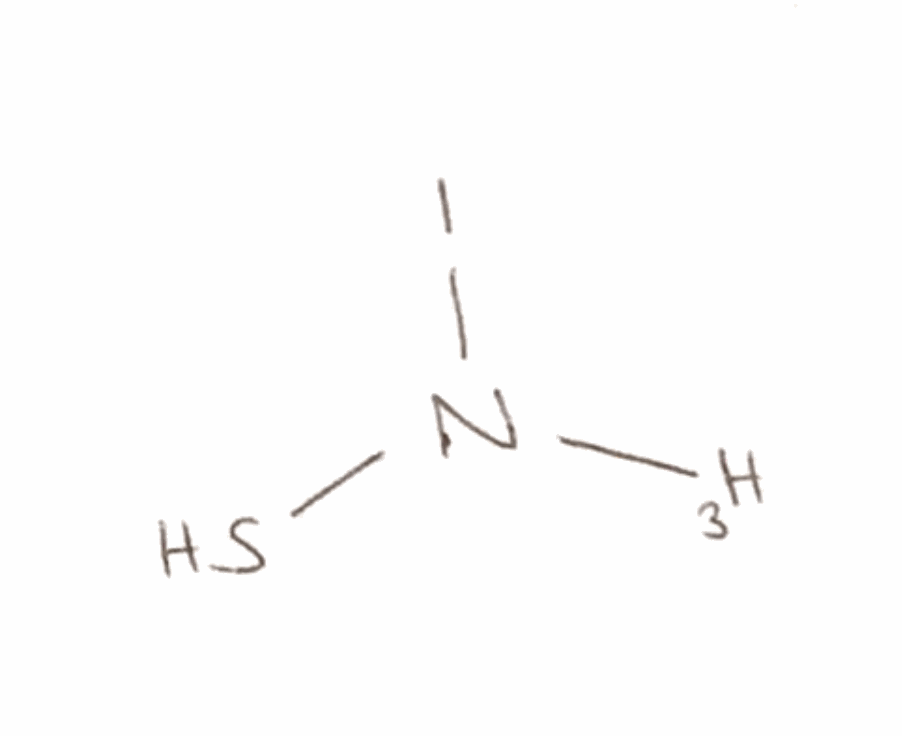
Simplified molecular-input line-entry system (SMILES) notation of the given molecule:
[3H]N(S)I